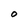
Character: O